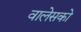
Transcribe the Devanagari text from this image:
वालेसको